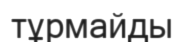
тұрмайды